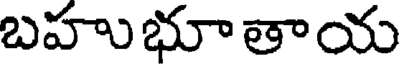
బహుభూతాయ